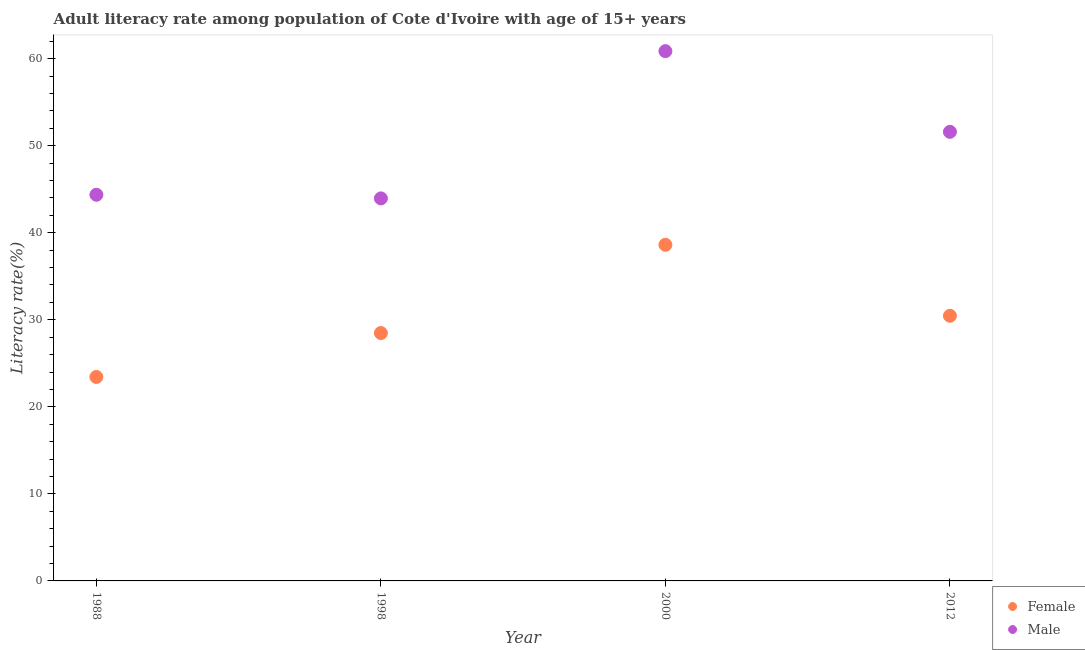
| Year | Female | Male |
 | --- | --- | --- |
 | 1988 | 23.4 | 44.4 |
 | 1998 | 28.5 | 43.9 |
 | 2000 | 38.6 | 60.9 |
 | 2012 | 30.5 | 51.6 |